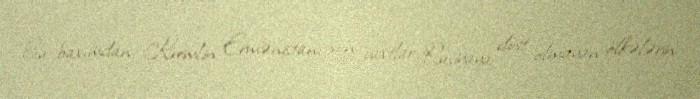
Bu baxımdan, Kremlin Ermənistanı son vaxtlar Rusiyaya dost olmayan ölkələrin